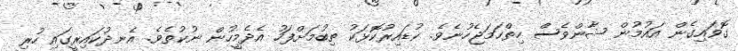
ގޮވައިގެން އައުމުން ޝާންވެސް ހިތްހަމަޖެހުނެވެ. ކުޑައިރުކޮޅަކު ތިބުމަށްފަހު އެދެމީހުން ނުކުތެވެ. އެނދުކައިރީގައި ހުރި